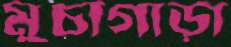
মুচাগাড়া